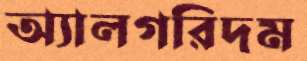
অ্যালগরিদম